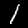
Digit: 1